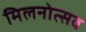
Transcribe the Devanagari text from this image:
मिलनोत्सव